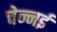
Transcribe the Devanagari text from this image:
चेन्नर्इ